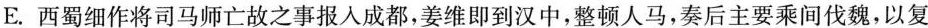
E. 西蜀细作将司马师亡故之事报人成都，姜维即到汉中，整顿人马，奏后主要乘间伐魏，以复